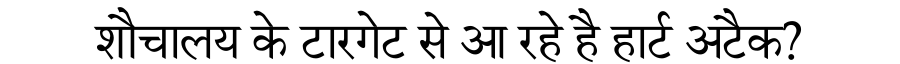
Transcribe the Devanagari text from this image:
शौचालय के टारगेट से आ रहे है हार्ट अटैक?